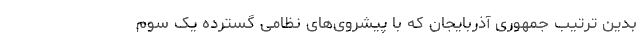
بدین ترتیب جمهوری آذربایجان که با پیشروی‌های نظامی گسترده یک سوم